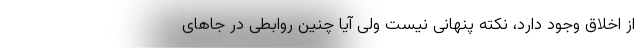
از اخلاق وجود دارد، نکته پنهانی نیست ولی آیا چنین روابطی در جاهای